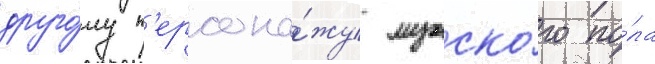
друго́му п'ерсона́жу мужско́го по́ла